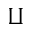
\amalg